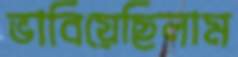
ভাবিয়েছিলাম